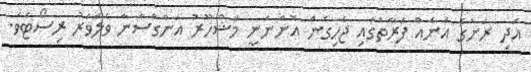
އަދި ރަށުގެ އަނެއް ފަރާތުގައި ޖެހިގެން އޮންނަނީ މަޝްހޫރު އަންގްސާނާ ވެލަވަރު ރިސޯޓެވެ.